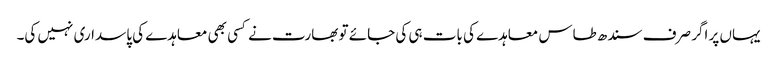
یہاں پر اگر صرف سندھ طاس معاہدے کی بات ہی کی جائے تو بھارت نے کسی بھی معاہدے کی پاسداری نہیں کی۔